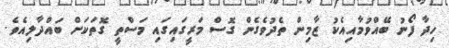
ހިދާ ފޯނު ބޭއްވުމާއިއެކު ޒާމިން ތެދުވެގެން ގޮސް މަރީގައިގައި މަސްތީ ގޮތަކަށް ބައްދާލިއެވެ.